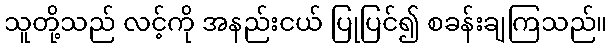
သူတို့သည် လင့်ကို အနည်းငယ် ပြုပြင်၍ စခန်းချကြသည်။